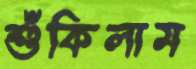
শুঁকিলাম